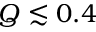
Q \lesssim 0 . 4